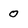
Character: 0